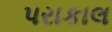
પરાકાલ